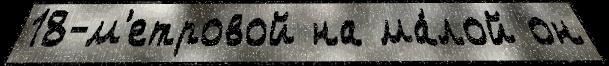
18-м'етровой на ма́лой он